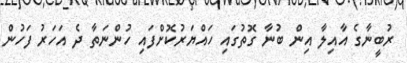
ރުބީނާގެ އާއިލާ އިން ބުނާ ގޮތުގައި ހައްޔަރުކޮށްފައި ހުންނަތާ ދެ އަހަރު ފަހުން